Annual report on the lock hospitals of the Madras Presidency
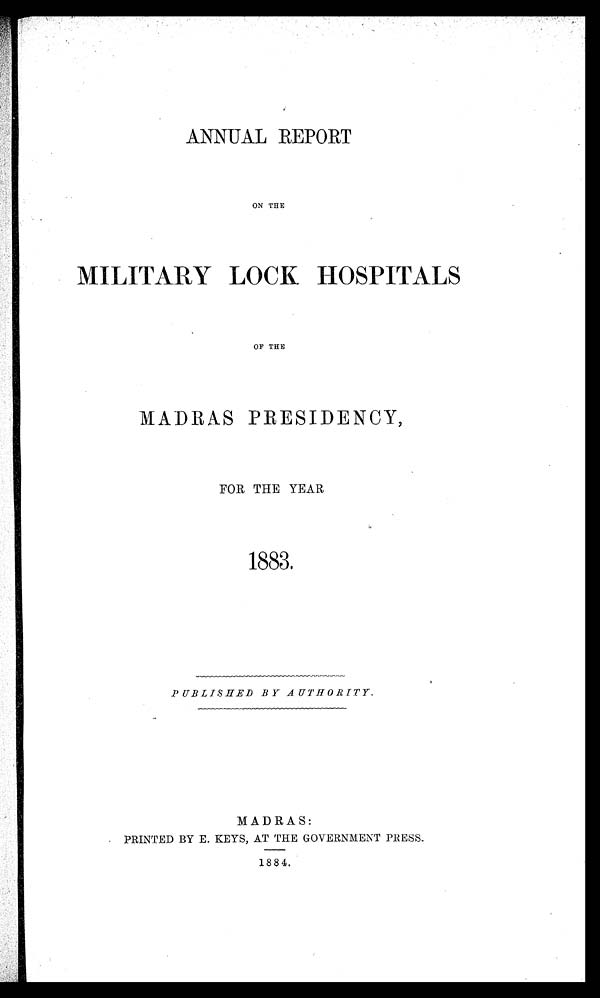
ANNUAL REPORT
ON THE
MILITARY
LOCK
HOSPITALS
OF THE
MADRAS
PRESIDENCY,
FOR THE YEAR
1883,
PUBLISHED BY AUTHORITY.
MADRAS:
PRINTED BY E. KEYS, AT THE GOVERNMENT PRESS.
1884.